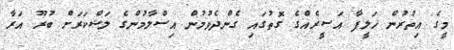
މީގެ އިތުރުން ޚަލީފާ އަސީރެއްގެ ގޮތުގައި ގެންދެވުމުން އިސްލާމުންގެ ލަޝްކަރަށް ބުރޫ އަރާ